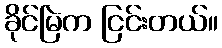
ခိုင်မြဲက ငြင်းတယ်။